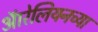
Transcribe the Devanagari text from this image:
ऑरेलियनच्या